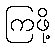
ကြဖို့